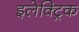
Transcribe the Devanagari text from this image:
इलेक्‍ट्रिक